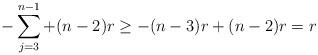
LaTeX: \begin{align*}- \sum\limits_{j=3}^{n-1} + (n-2)r \geq -(n-3)r + (n-2)r = r\end{align*}